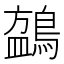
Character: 𬷧